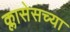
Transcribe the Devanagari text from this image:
क्लासेसच्या